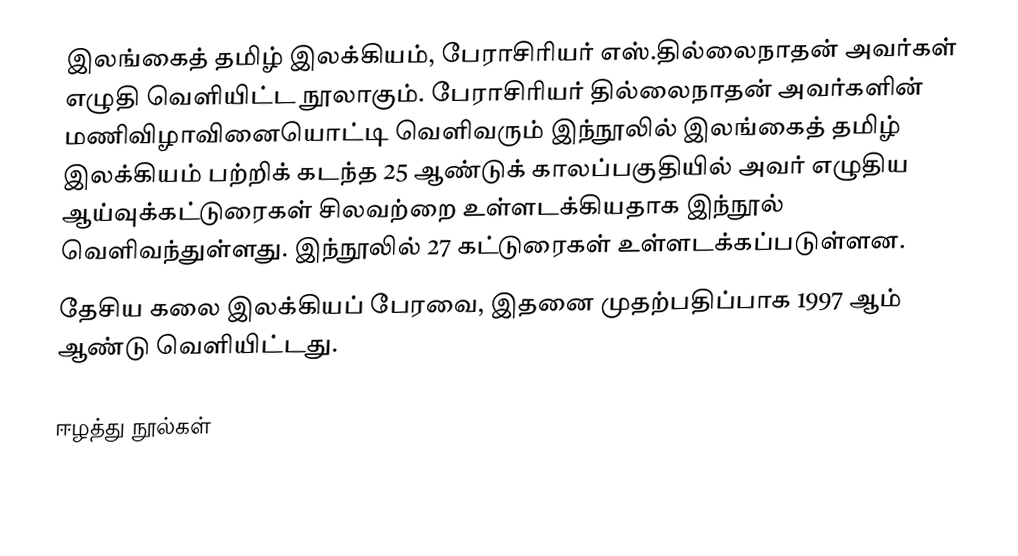
இலங்கைத் தமிழ் இலக்கியம், பேராசிரியர் எஸ்.தில்லைநாதன் அவர்கள் எழுதி வெளியிட்ட நூலாகும். பேராசிரியர் தில்லைநாதன் அவர்களின் மணிவிழாவினையொட்டி வெளிவரும் இந்நூலில் இலங்கைத் தமிழ் இலக்கியம் பற்றிக் கடந்த 25 ஆண்டுக் காலப்பகுதியில் அவர் எழுதிய ஆய்வுக்கட்டுரைகள் சிலவற்றை உள்ளடக்கியதாக இந்நூல் வெளிவந்துள்ளது. இந்நூலில் 27 கட்டுரைகள் உள்ளடக்கப்படுள்ளன.
தேசிய கலை இலக்கியப் பேரவை, இதனை முதற்பதிப்பாக 1997 ஆம் ஆண்டு வெளியிட்டது.

ஈழத்து நூல்கள்